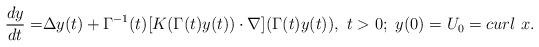
LaTeX: \begin{align*}\begin{aligned}\frac{d y}{dt}=&\Delta y(t)+\Gamma^{-1}(t)[K(\Gamma(t)y(t))\cdot \nabla](\Gamma(t)y(t)),\ t>0;\ y(0)=U_0=curl \ x.\end{aligned}\end{align*}